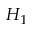
H _ { 1 }